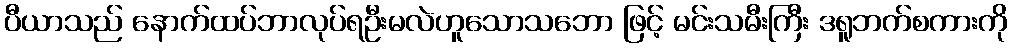
ပီယာသည် နောက်ထပ်ဘာလုပ်ရဦးမလဲဟူသောသဘော ဖြင့် မင်းသမီးကြီး ဒရူဘက်စကားကို